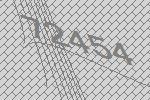
72454